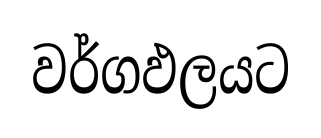
වර්ගඵලයට